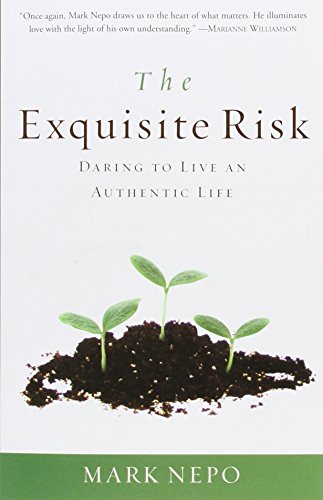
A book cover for The Exquisite Risk: Daring to Live an Authentic Life; Mark Nepo; Politics & Social Sciences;